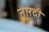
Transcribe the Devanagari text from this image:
नारदी